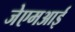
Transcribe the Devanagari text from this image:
जेएमआई